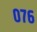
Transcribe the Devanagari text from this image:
०७६